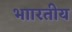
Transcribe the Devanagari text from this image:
भाारतीय